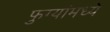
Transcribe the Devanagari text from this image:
फुग्यांमध्ये